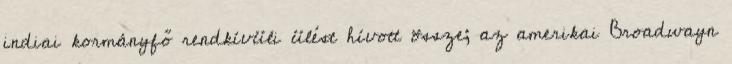
indiai kormányfő rendkívüli ülést hívott össze; az amerikai Broadwayn